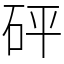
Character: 砰